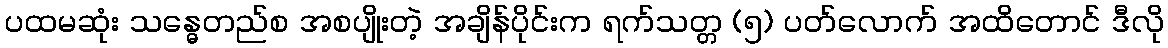
ပထမဆုံး သန္ဓေတည်စ အစပျိုးတဲ့ အချိန်ပိုင်းက ရက်သတ္တ (၅) ပတ်လောက် အထိတောင် ဒီလို